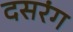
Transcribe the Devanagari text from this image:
दसरंग